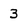
Character: 3